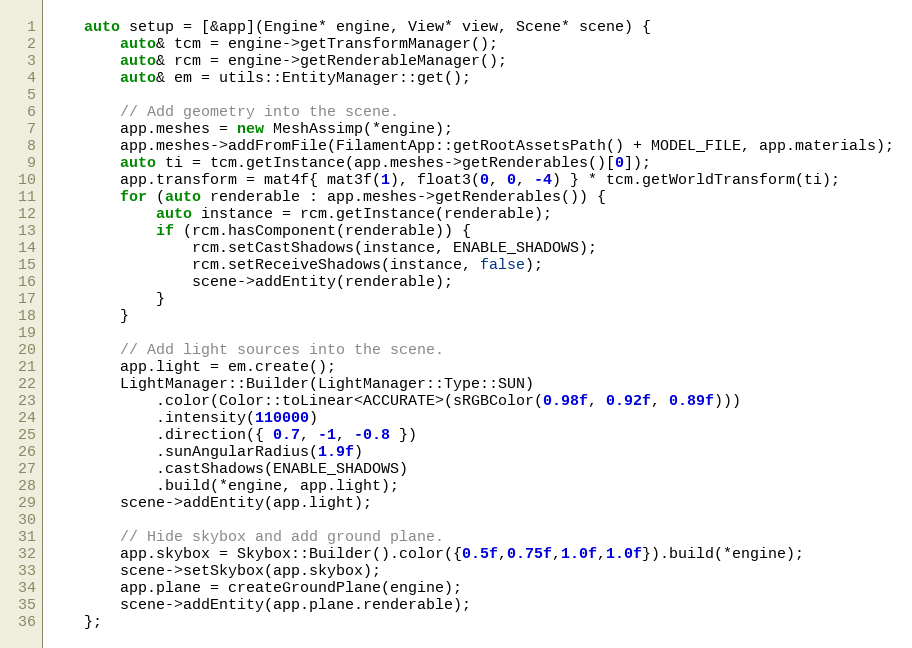
Language: C++
    auto setup = [&app](Engine* engine, View* view, Scene* scene) {
        auto& tcm = engine->getTransformManager();
        auto& rcm = engine->getRenderableManager();
        auto& em = utils::EntityManager::get();

        // Add geometry into the scene.
        app.meshes = new MeshAssimp(*engine);
        app.meshes->addFromFile(FilamentApp::getRootAssetsPath() + MODEL_FILE, app.materials);
        auto ti = tcm.getInstance(app.meshes->getRenderables()[0]);
        app.transform = mat4f{ mat3f(1), float3(0, 0, -4) } * tcm.getWorldTransform(ti);
        for (auto renderable : app.meshes->getRenderables()) {
            auto instance = rcm.getInstance(renderable);
            if (rcm.hasComponent(renderable)) {
                rcm.setCastShadows(instance, ENABLE_SHADOWS);
                rcm.setReceiveShadows(instance, false);
                scene->addEntity(renderable);
            }
        }

        // Add light sources into the scene.
        app.light = em.create();
        LightManager::Builder(LightManager::Type::SUN)
            .color(Color::toLinear<ACCURATE>(sRGBColor(0.98f, 0.92f, 0.89f)))
            .intensity(110000)
            .direction({ 0.7, -1, -0.8 })
            .sunAngularRadius(1.9f)
            .castShadows(ENABLE_SHADOWS)
            .build(*engine, app.light);
        scene->addEntity(app.light);

        // Hide skybox and add ground plane.
        app.skybox = Skybox::Builder().color({0.5f,0.75f,1.0f,1.0f}).build(*engine);
        scene->setSkybox(app.skybox);
        app.plane = createGroundPlane(engine);
        scene->addEntity(app.plane.renderable);
    };